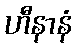
ဟီနာနံ